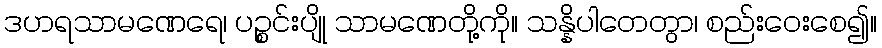
ဒဟရသာမဏေရေ၊ ပဉ္စင်းပျို သာမဏေတို့ကို။ သန္နိပါတေတွာ၊ စည်းဝေးစေ၍။